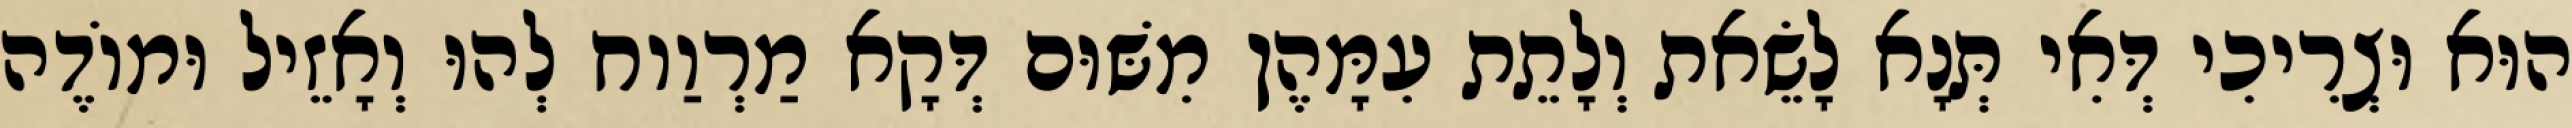
הוּא וּצְרִיכִי דְּאִי תְּנָא לָשֵׂאת וְלָתֵת עִמָּהֶן מִשּׁוּם דְּקָא מַרְוַוח לְהוּ וְאָזֵיל וּמוֹדֶה